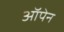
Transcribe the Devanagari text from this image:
ऑपेन